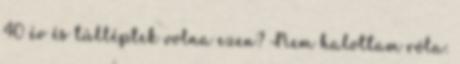
40 év és túlléptek volna ezen? Nem halottam róla: